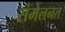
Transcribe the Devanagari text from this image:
संमेलनत